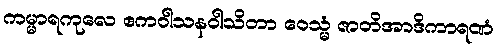
ကမ္မာရကုလေ ဧကဝါသနဝါသိတာ ဝေသ္မံ ဇာတိအာဒိကာရဏံ